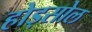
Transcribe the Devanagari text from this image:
होड्सोल